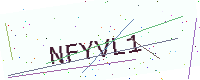
Text: NFYVL1